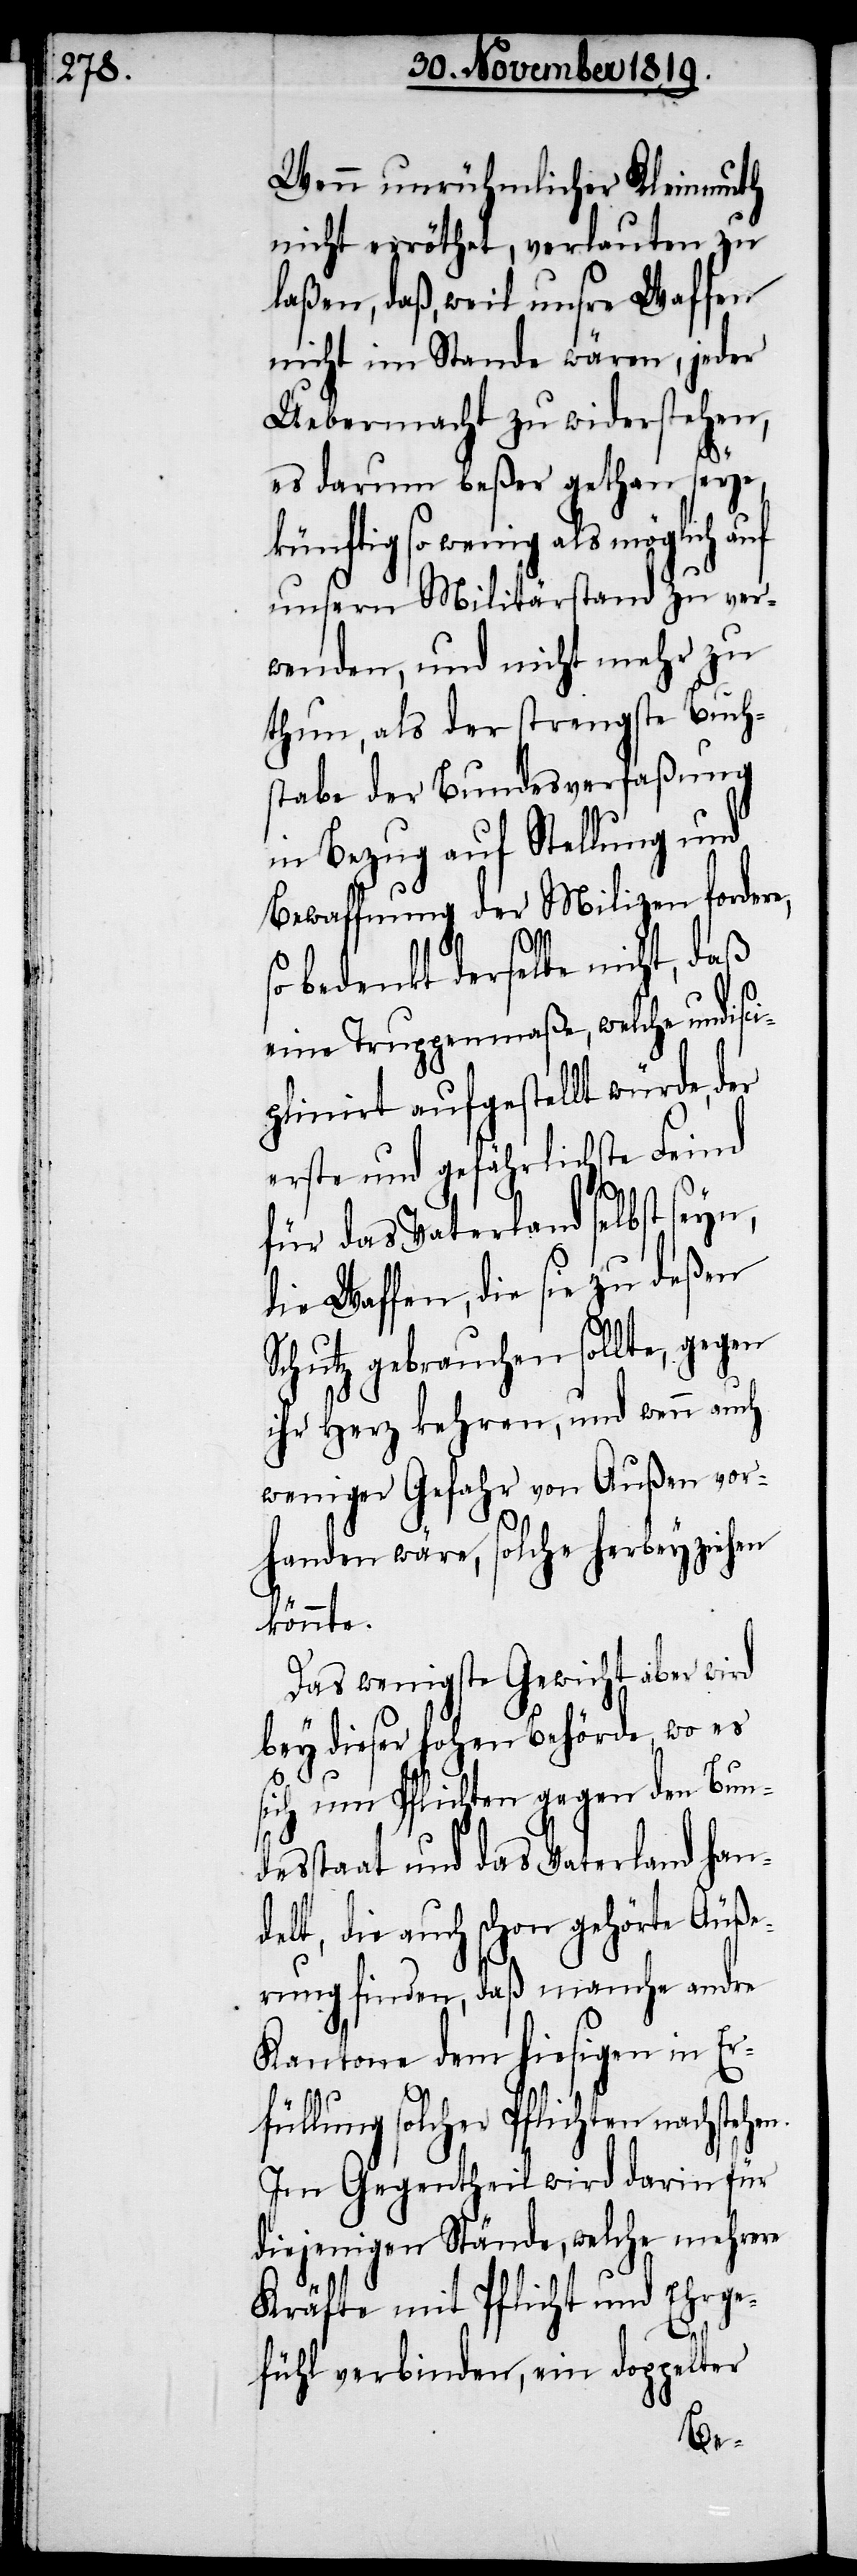
Wenn unrühmlicher Kleinmuth
nicht erröthet, verlauten zu
laßen, daß, weil unsre Waffen
nicht im Stande wären, jeder
Uebermacht zu widerstehen,
es darum beßer gethan seye,
künftig so wenig als möglich auf
unsern Militärstand zu ver¬
wenden, und nicht mehr zu
thun, als der strengste Buch¬
stabe der Bundesverfaßung
in Bezug auf Stellung und
Bewaffnung der Milizen fordere,
so bedenkt derselbe nicht, daß
eine Truppenmaße, welche undisci¬
plinirt aufgestellt würde, der
erste und gefährlichste Feind
für das Vaterland selbst seyn,
die Waffen, die sie zu deßen
Schutz gebrauchen sollte, gegen
ihr Herz kehren, und wenn auch
weniger Gefahr von Außen vor¬
handen wäre, solche herbeyziehen
könnte.
Das wenigste Gewicht aber wird
bey dieser hohen Behörde, wo es
sich um Pflichten gegen den Bun¬
desstaat und das Vaterland han¬
delt, die auch schon gehörte Äuße¬
rung finden, daß manche andre
Kantone dem hiesigen in Er¬
llung solcher Pflichten
Im Gegentheil wird darin für
diejenigen Stände, welche mehrere
Kräfte mit Pflicht und Ehrege¬
fühl verbinden, ein doppelter
fü¬